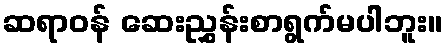
ဆရာဝန် ဆေးညွှန်းစာရွက်မပါဘူး။